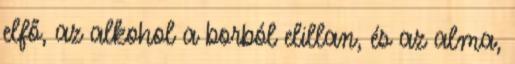
elfő, az alkohol a borból elillan, és az alma,